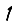
Digit: 1